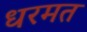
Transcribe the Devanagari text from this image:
धरमत